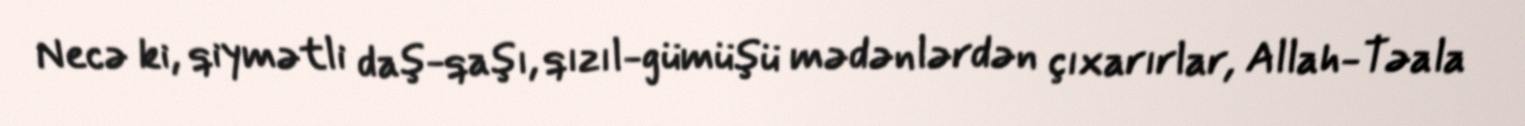
Necə ki, qiymətli daş-qaşı, qızıl-gümüşü mədənlərdən çıxarırlar, Allah-Təala